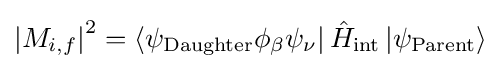
\left|M_{i,f}\right|^{2}=\left\langle \psi _{\text{Daughter}}\phi _{\beta }\psi _{\nu }\right|{\hat {H}}_{\text{int}}\left|\psi _{\text{Parent}}\right\rangle